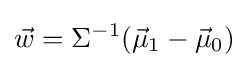
{\vec {w}}=\Sigma ^{-1}({\vec {\mu }}_{1}-{\vec {\mu }}_{0})